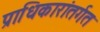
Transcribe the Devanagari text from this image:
प्राधिकारांतर्गत